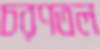
চরণতল